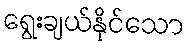
ရွေးချယ်နိုင်သော